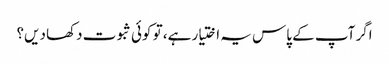
اگر آپ کے پاس یہ اختیار ہے، تو کوئی ثبوت دکھا دیں؟